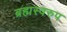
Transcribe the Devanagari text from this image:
ब्रह्मस्वरुप